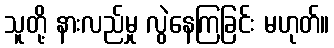
သူတို့ နားလည်မှု လွဲနေကြခြင်း မဟုတ်။